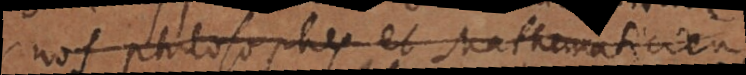
les philosophes et les mathematiciens